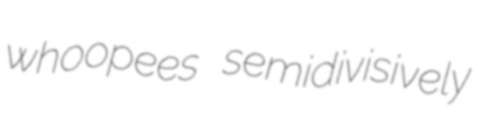
whoopees semidivisively